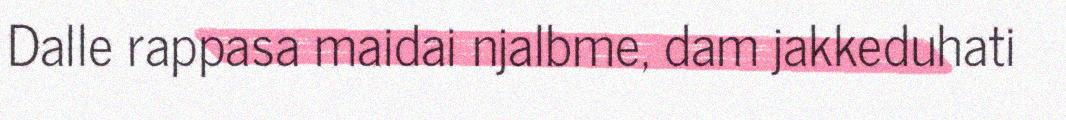
Dalle rappasa maidai njalbme, dam jakkeduhati